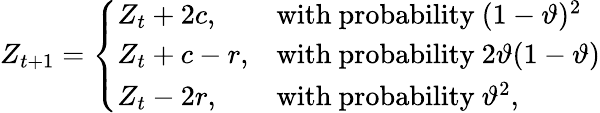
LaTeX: Z_{t+1}=\left\{ \begin{array}{ll}{Z_{t}+2c,\quad}&{\mathrm{with~probability~}(1-\vartheta)^{2}}\\ {Z_{t}+c-r,}&{\mathrm{with~probability~}2\vartheta(1-\vartheta)}\\ {Z_{t}-2r,}&{\mathrm{with~probability~}\vartheta^{2},}\end{array}\right.